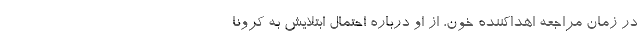
در زمان مراجعه اهداکننده خون، از او درباره احتمال ابتلایش به کرونا